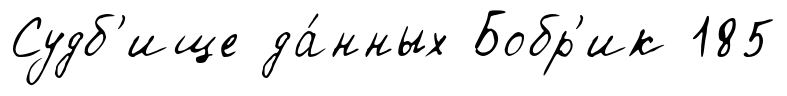
Судб'ище да́нных Бобр'ик 185